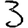
Digit: 3